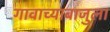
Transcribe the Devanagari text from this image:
गावाच्याबाजुला